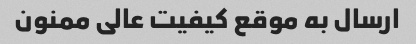
ارسال به موقع کیفیت عالی ممنون